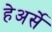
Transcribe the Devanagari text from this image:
हेअर्से